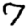
Digit: 7